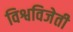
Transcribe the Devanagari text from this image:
विश्वविजेती